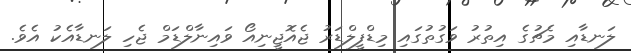
ލަނޑާއި މެޗުގެ އިތުރު ވަގުތުގައި މިޑްފީލްޑަރު ޖެއޮޖީނިއޯ ވައިނާލްޑަމް ޖެހި ލަނޑާއެކު އެވެ.